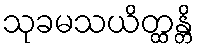
သုခမသယိတ္ထန္တိ